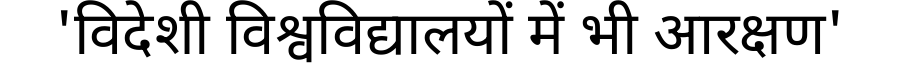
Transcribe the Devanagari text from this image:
'विदेशी विश्वविद्यालयों में भी आरक्षण'